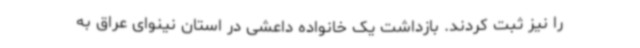
را نیز ثبت کردند. بازداشت یک خانواده داعشی در استان نینوای عراق به